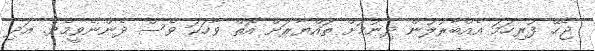
ޖެހޭ ފުރިހަމަ އެއްބާރުލުން ދިނުމަށް ތައްޔާރަށް އޮތް ވާހަކަ ވެސް ދެންނެވީމެވެ. އަދި